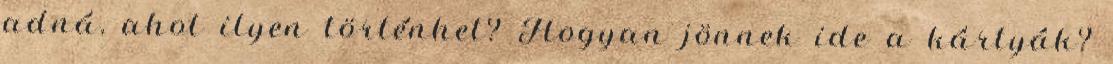
adná, ahol ilyen történhet? Hogyan jönnek ide a kártyák?